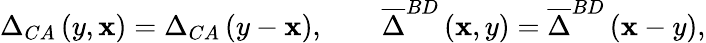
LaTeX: \Delta_{CA}\left(y,\mathbf{x}\right)=\Delta_{CA}\left(y-\mathbf{x}\right),\qquad\overline{{{{\Delta}}}}^{BD}\left(\mathbf{x},y\right)=\overline{{{{\Delta}}}}^{BD}\left(\mathbf{x}-y\right),